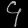
Digit: ၄